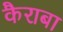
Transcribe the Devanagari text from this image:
कैराबा